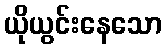
ယိုယွင်းနေသော